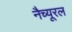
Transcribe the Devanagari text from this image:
नैच्यूरल